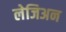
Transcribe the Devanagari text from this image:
लेजिअन